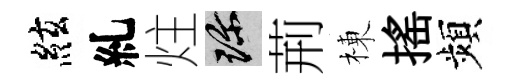
絃糺炷珍荊棟揺頻